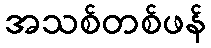
အသစ်တစ်ဖန်